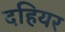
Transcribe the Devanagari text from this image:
दहियर